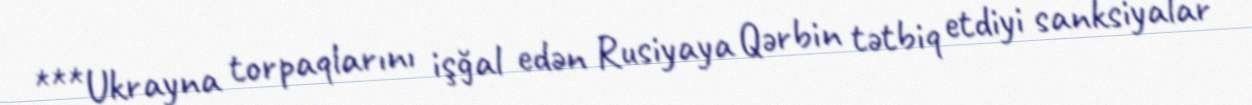
***Ukrayna torpaqlarını işğal edən Rusiyaya Qərbin tətbiq etdiyi sanksiyalar